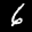
Label: 6